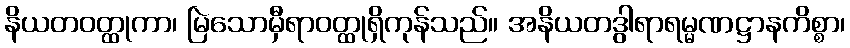
နိယတဝတ္ထုကာ၊ မြဲသောမှီရာဝတ္ထုရှိကုန်သည်။ အနိယတဒွါရာရမ္မဏဋ္ဌာနကိစ္စာ၊